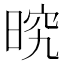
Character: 𭦒